Indian journal of veterinary science and animal husbandry - Volumes 18-21, 1948-1951
Year: 1948
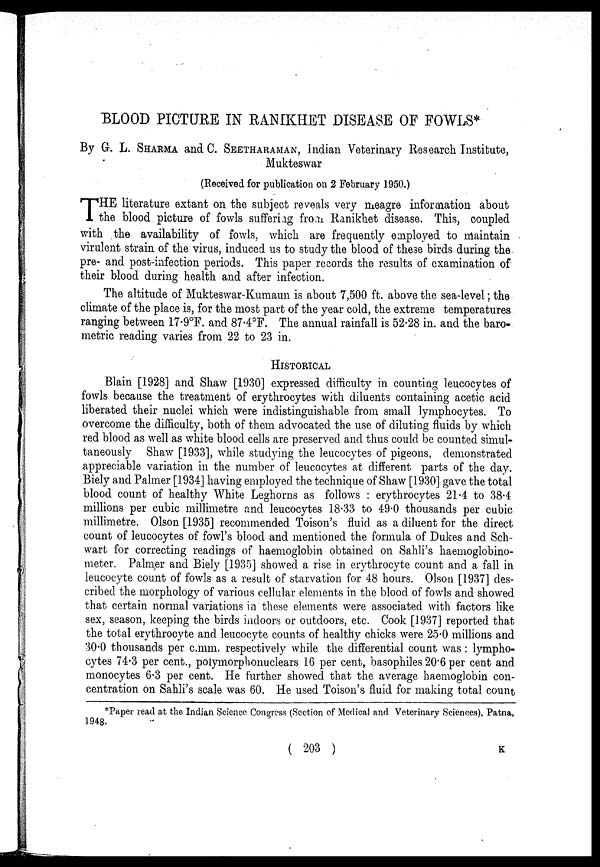
BLOOD PICTURE IN RANIKHET DISEASE OF FOWLS*
By G. L. SHARMA and C. SEETHARAMAN, Indian Veterinary Research Institute,
Mukteswar
(Received for publication on 2 February 1950.)
T HE literature extant on the subject reveals very meagre information about
the blood picture of fowls suffering from Ranikhet disease. This, coupled
with the availability of fowls, which are frequently employed to maintain
virulent strain of the virus, induced us to study the blood of these birds during the
pre- and post-infection periods. This paper records the results of examination of
their blood during health and after infection.
The altitude of Mukteswar-Kumaun is about 7,500 ft. above the sea-level ; the
climate of the place is, for the most part of the year cold, the extreme temperatures
ranging between 17.9°F. and 87.4°F. The annual rainfall is 52.28 in. and the baro-
metric reading varies from 22 to 23 in.
HISTORICAL
Blain [1928] and Shaw [1930] expressed difficulty in counting leucocytes of
fowls because the treatment of erythrocytes with diluents containing acetic acid
liberated their nuclei which were indistinguishable from small lymphocytes. To
overcome the difficulty, both of them advocated the use of diluting fluids by which
red blood as well as white blood cells are preserved and thus could be counted simul-
taneously Shaw [1933], while studying the leucocytes of pigeons, demonstrated
appreciable variation in the number of leucocytes at different parts of the day.
Biely and Palmer [1934] having employed the technique of Shaw [1930] gave the total
blood count of healthy White Leghorns as follows : erythrocytes 21.4 to 38.4
millions per cubic millimetre and leucocytes 18.33 to 49.0 thousands per cubic
millimetre. Olson [1935] recommended Toison's fluid as a diluent for the direct
count of leucocytes of fowl's blood and mentioned the formula of Dukes and Sch-
wart for correcting readings of haemoglobin obtained on Sahli's haemoglobino-
meter. Palmer and Biely [1935] showed a rise in erythrocyte count and a fall in
leucocyte count of fowls as a result of starvation for 48 hours. Olson [1937] des-
cribed the morphology of various cellular elements in the blood of fowls and showed
that certain normal variations in these elements were associated with factors like
sex, season, keeping the birds indoors or outdoors, etc. Cook [1937] reported that
the total erythrocyte and leucocyte counts of healthy chicks were 25.0 millions and
30.0 thousands per c.mm. respectively while the differential count was : lympho-
cytes 74.3 per cent., polymorphonuclears 16 per cent, basophiles 20.6 per cent and
monocytes 6.3 per cent. He further showed that the average haemoglobin con-
centration on Sahli's scale was 60. He used Toison's fluid for making total count
*Paper read at the Indian Science Congress (Section of Medical and Veterinary Sciences), Patna,
1948.
( 203 ) K